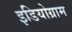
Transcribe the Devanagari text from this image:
इडियोग्राम